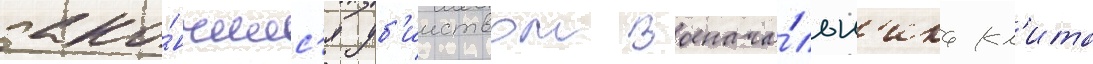
зако́нчилс'я уб'ииством военача́льн'ика кл'ита